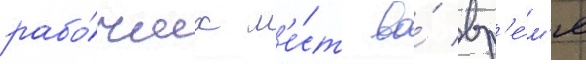
рабо́чих м'е́ст во́ вр'е́м'я